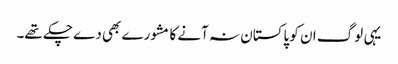
یہی لوگ ان کو پاکستان نہ آنے کا مشورے بھی دے چکے تھے۔